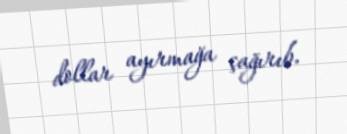
dollar ayırmağa çağırıb.